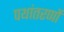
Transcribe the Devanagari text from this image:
पथांतरणों